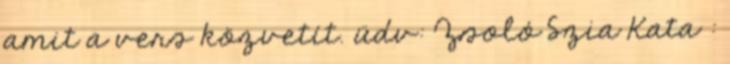
amit a vers közvetít. üdv: Zsoló Szia Kata :